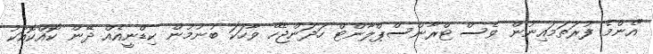
"އެންމެ ފުރަތަމައިނުން ވެސް ޓްރާންސްޕްލާންޓް ހަދަންޖެހޭ ވާހަކަ ބުނުމުން ކިޑްނީއެއް ދޭން ކޮއްކޮއަކު